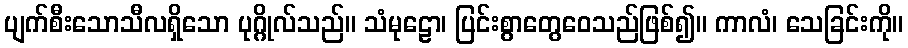
ပျက်စီးသောသီလရှိသော ပုဂ္ဂိုလ်သည်။ သံမုဠော၊ ပြင်းစွာတွေဝေသည်ဖြစ်၍။ ကာလံ၊ သေခြင်းကို။